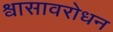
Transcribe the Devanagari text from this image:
श्वासावरोधन